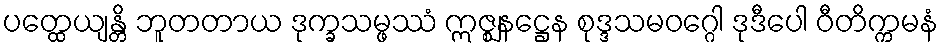
ပတ္ထေယျန္တိ ဘူတတာယ ဒုက္ခသမ္ဖဿံ ဣဇ္ဈနဋ္ဌေန စုဒ္ဒသမဝဂ္ဂေါ ဒုဒီပေါ ဝီတိက္ကမနံ